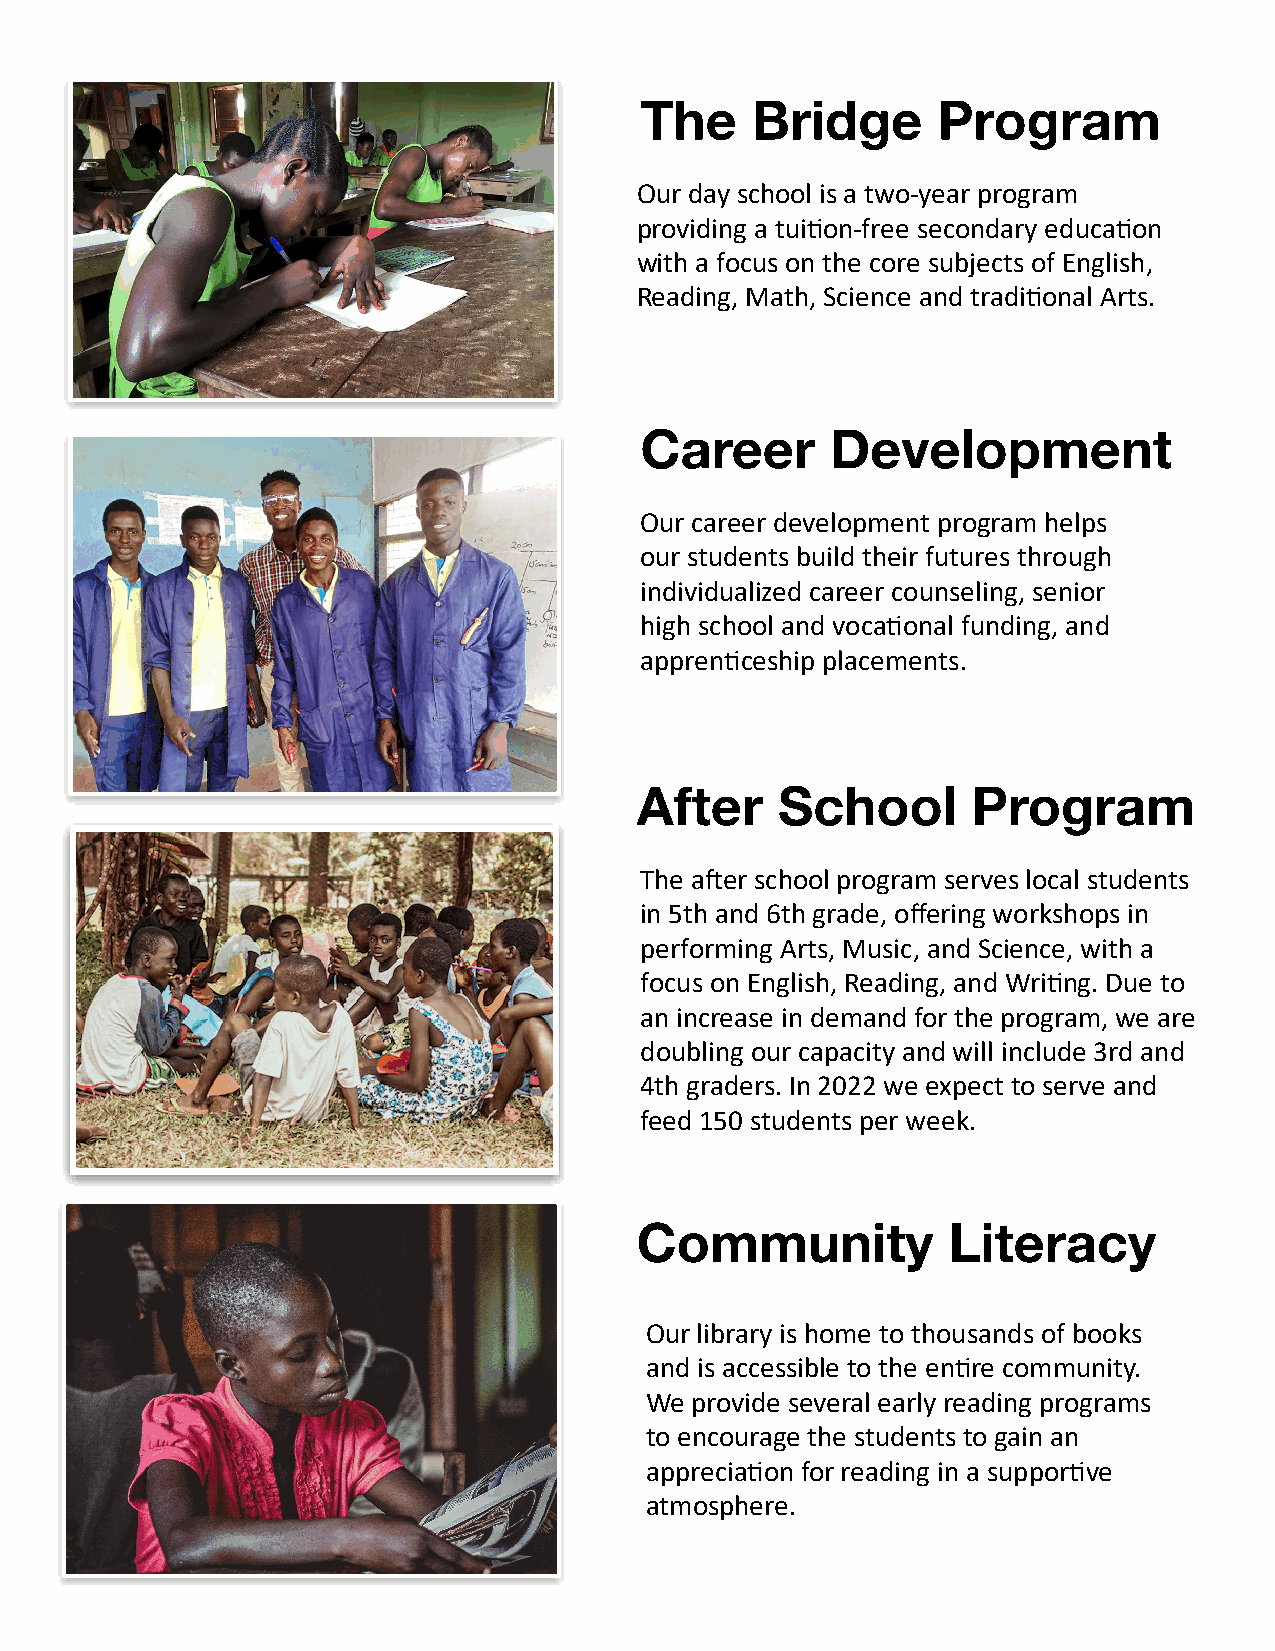
The     Bridge      Program
 Our day school is a two-year program
 providing a tui2on-free secondary educa2on
 with a focus on the core subjects of English,
 Reading, Math, Science and tradi2onal Arts.
 Career       Development
 Our career development program helps
 our students build their futures through
 individualized career counseling, senior
 high school and voca2onal funding, and
 appren2ceship placements.
 After     School      Program
 The a?er school program serves local students
 in 5th and 6th grade, offering workshops in
 performing Arts, Music, and Science, with a
 focus on English, Reading, and Wri2ng. Due to
 an increase in demand for the program, we are
 doubling our capacity and will include 3rd and
 4th graders. In 2022 we expect to serve and
 feed 150 students per week.
 Community            Literacy
 Our library is home to thousands of books
 and is accessible to the en2re community.
 We provide several early reading programs
 to encourage the students to gain an
 apprecia2on for reading in a suppor2ve
 atmosphere.